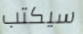
سيكتب